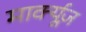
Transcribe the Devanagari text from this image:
मार्क्यूज़